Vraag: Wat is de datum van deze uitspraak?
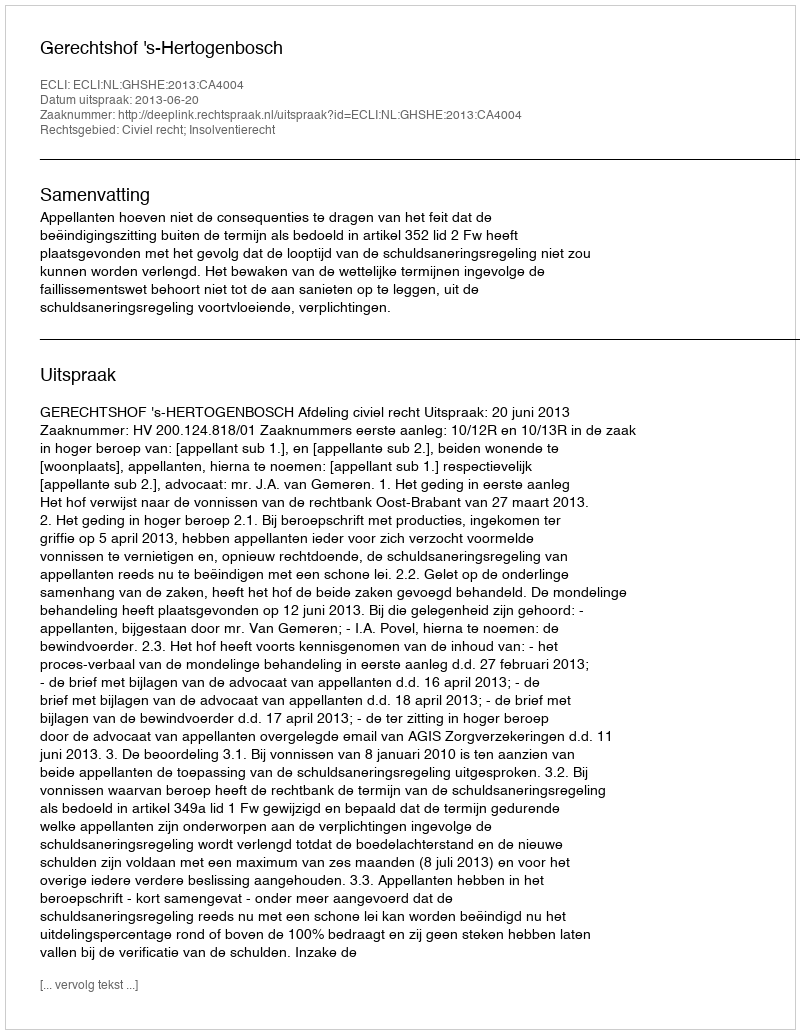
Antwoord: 2013-06-20